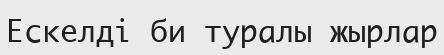
Ескелді би туралы жырлар